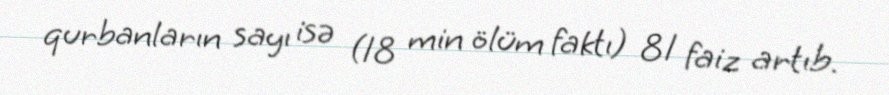
qurbanların sayı isə (18 min ölüm faktı) 81 faiz artıb.